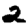
Digit: 2